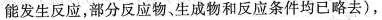
能发生反应，部分反应物、生成物和反应条件均已略去），